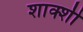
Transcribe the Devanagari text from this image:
शाक्शी